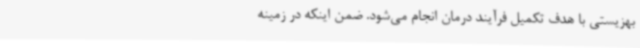
بهزیستی با هدف تکمیل فرآیند درمان انجام می‌شود. ضمن اینکه در زمینه